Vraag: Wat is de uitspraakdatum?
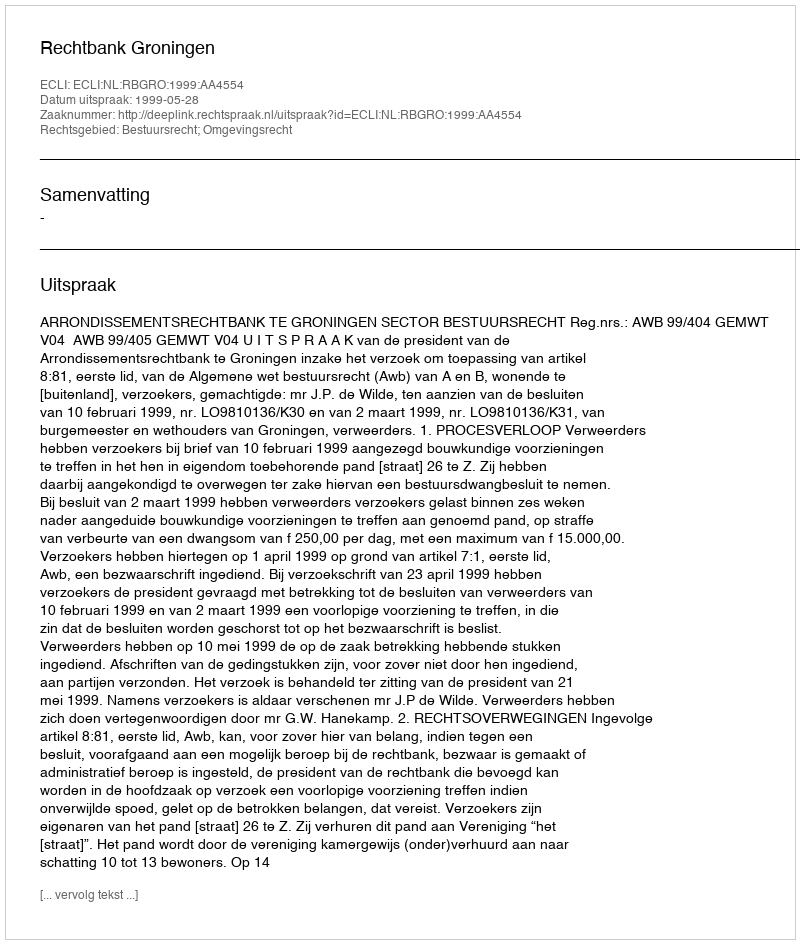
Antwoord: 1999-05-28